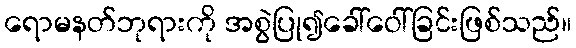
ရောမနတ်ဘုရားကို အစွဲပြု၍ခေါ်ဝေါ်ခြင်းဖြစ်သည်။